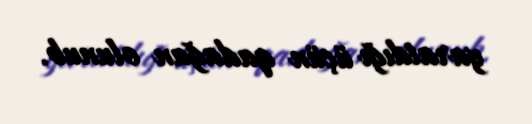
yaratdığı üçün qadağan olunub.